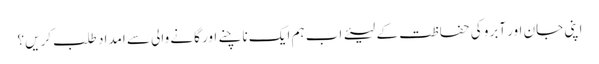
اپنی جان اور آبرو کی حفاظت کے لیئے اب ہم ایک ناچنے اور گانے والی سے امداد طلب کریں؟